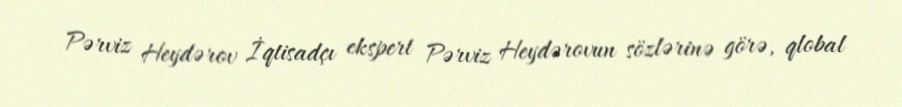
Pərviz Heydərov İqtisadçı ekspert Pərviz Heydərovun sözlərinə görə, qlobal